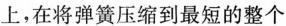
上，在将弹簧压缩到最短的整个